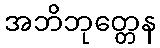
အဘိဘုတ္တေန